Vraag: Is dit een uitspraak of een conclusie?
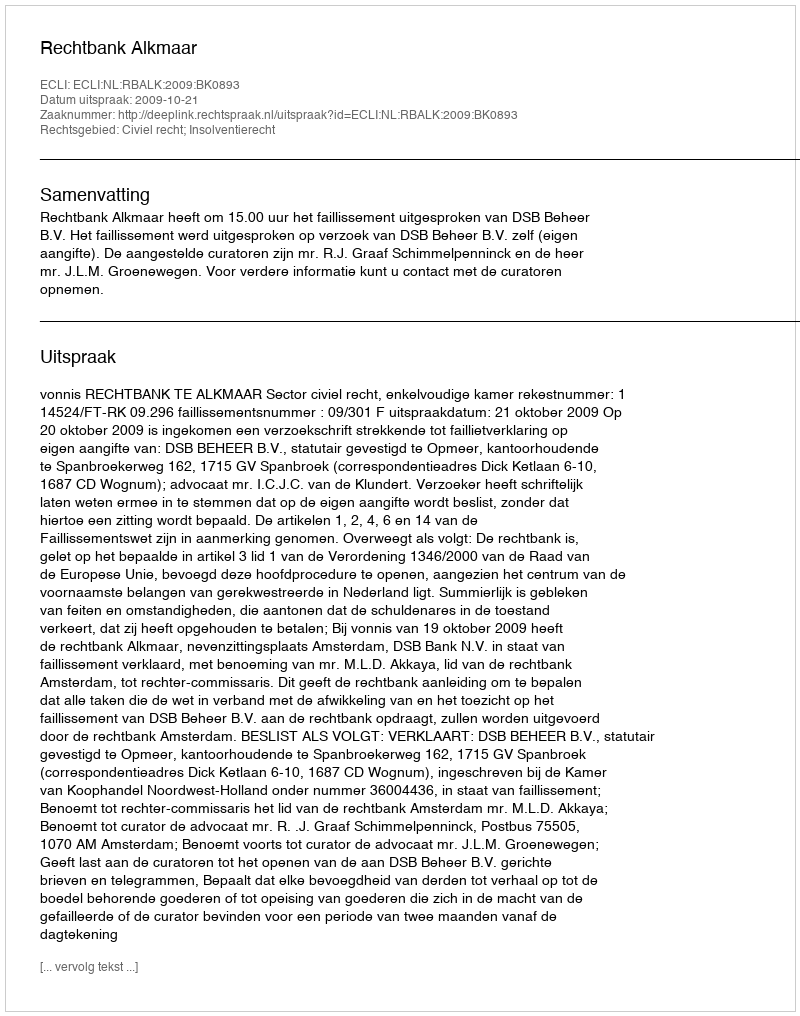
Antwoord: Uitspraak